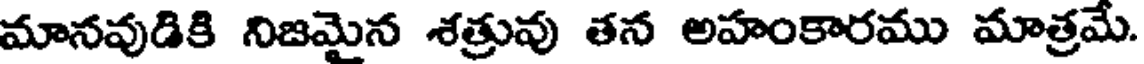
మానవుడికి నిజమైన శత్రువు తన అహంకారము మాత్రమే.